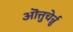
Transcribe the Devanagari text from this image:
ऒत्तुचेर्न्नु